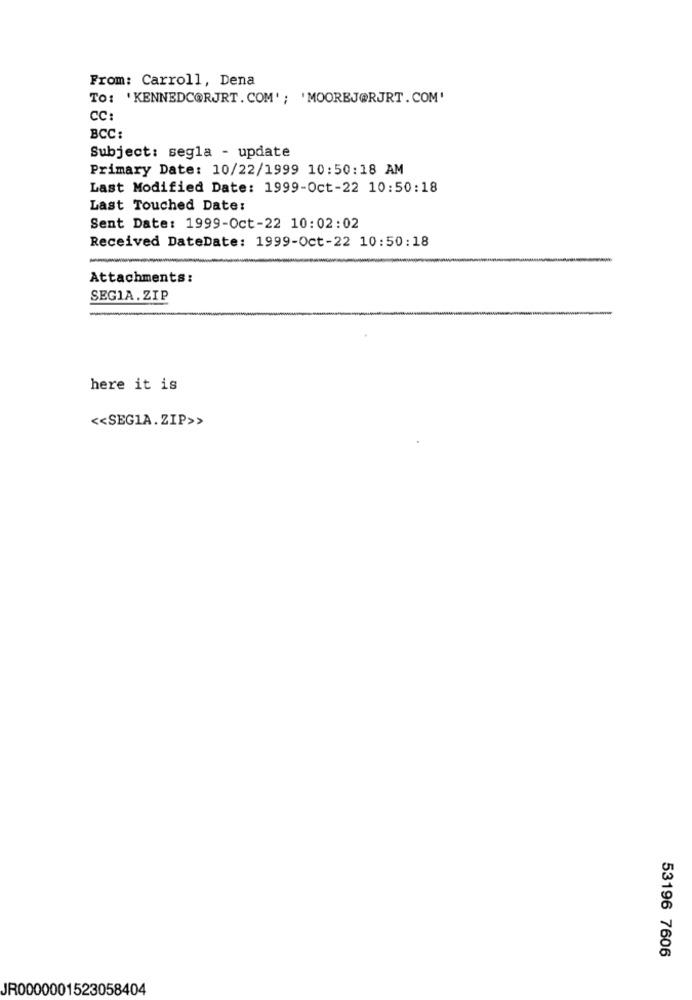
From: Carroll, Dena
To: 'KENNEDC@RJRT. COM' ; 'MOOREJ@RJRT. COM'
CC:
BCC:
Subject: segla - update
Primary Date: 10/22/1999 10:50:18 AM
Last Modified Date: 1999-Oct-22 10:50:18
Last Touched Date:
Sent Date: 1999-Oct-22 10:02:02
Received DateDate: 1999-Oct-22 10:50:18
-
Attachments:
SEGIA.ZIP
-
here it is
<< SEGIA.ZIP>>
53196 7606
JR0000001523058404